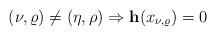
LaTeX: \begin{align*}(\nu,\varrho) \ne (\eta,\rho) \Rightarrow {\bf h}(x_{\nu,{\varrho}}) = 0\end{align*}